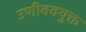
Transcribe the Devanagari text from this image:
उणीववयुक्त